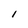
Character: 1